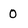
Character: 0